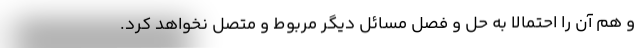
و هم آن را احتمالاً به حل و فصل مسائل دیگر مربوط و متصل نخواهد کرد.